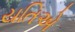
યતિએ